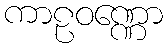
ကာဠဝဏ္ဏော